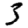
Digit: 3